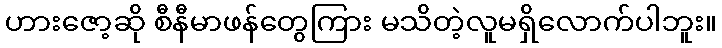
ဟားဇော့ဆို စီနီမာဖန်တွေကြား မသိတဲ့လူမရှိလောက်ပါဘူး။